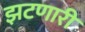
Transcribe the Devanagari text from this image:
झटणारी